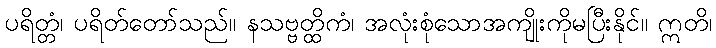
ပရိတ္တံ၊ ပရိတ်တော်သည်။ နသဗ္ဗတ္ထိကံ၊ အလုံးစုံသောအကျိုးကိုမပြီးနိုင်။ ဣတိ၊